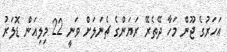
އަހަރުގެ ޖޫން މަހާ ދޭތެރޭ ރަޔަންގެ ޗެނަލަށް ވަނީ 22 މިލިއަން ޑޮލަރު